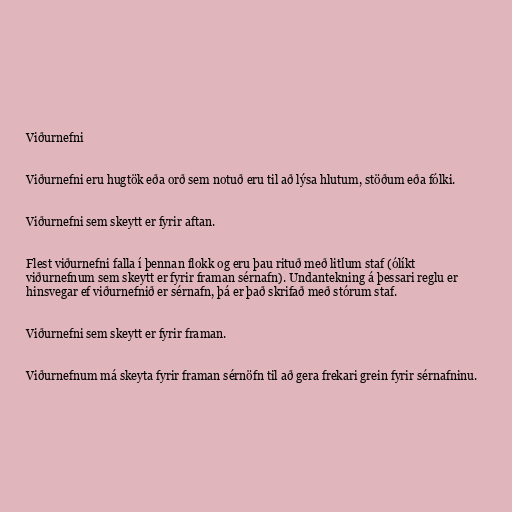
Viðurnefni

Viðurnefni eru hugtök eða orð sem notuð eru til að lýsa hlutum, stöðum eða fólki.

Viðurnefni sem skeytt er fyrir aftan.

Flest viðurnefni falla í þennan flokk og eru þau rituð með litlum staf (ólíkt
viðurnefnum sem skeytt er fyrir framan sérnafn). Undantekning á þessari reglu er
hinsvegar ef viðurnefnið er sérnafn, þá er það skrifað með stórum staf.

Viðurnefni sem skeytt er fyrir framan.

Viðurnefnum má skeyta fyrir framan sérnöfn til að gera frekari grein fyrir sérnafninu.